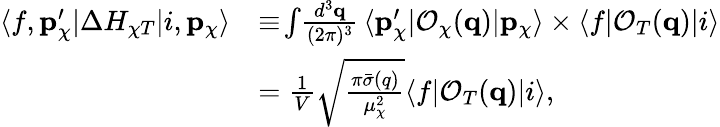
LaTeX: \begin{array}{rl}{\langle f,\mathbf{p}_{\chi}^{\prime}|\Delta H_{\chi T}|i,\mathbf{p}_{\chi}\rangle}&{\equiv\! \int\! \frac{d^{3}\mathbf{q}}{(2\pi)^{3}}\, \langle\mathbf{p}_{\chi}^{\prime}|\mathcal{O}_{\chi}(\mathbf{q})|\mathbf{p}_{\chi}\rangle\times\langle f|\mathcal{O}_{T}(\mathbf{q})|i\rangle}\\ &{=\frac{1}{V}\sqrt{\frac{\pi\bar{\sigma}(q)}{\mu_{\chi}^{2}}}\langle f|\mathcal{O}_{T}(\mathbf{q})|i\rangle,}\end{array}